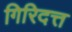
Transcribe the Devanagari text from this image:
गिरिदत्त